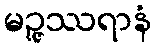
မဉ္ဇုဿရာနံ